Indian journal of veterinary science and animal husbandry - Volumes 22-23, 1952-1953
Year: 1952
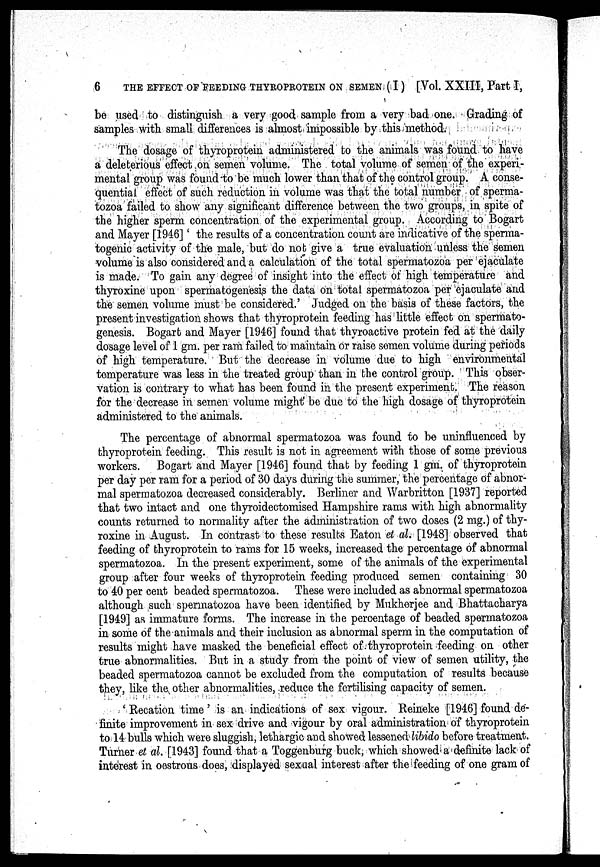
6
THE EFFECT OF FEEDING THYROPROTEIN ON SEMEN. (I) [Vol. XXIII, Part I,
be used to distinguish a very good sample from a very bad one. Grading of
samples with small differences is almost impossible by this method.
The dosage of thyroprotein administered to the animals was found to have
a deleterious effect on semen volume. The total volume of semen of the experi-
mental group was found to be much lower than that of the control group. A conse-
quential effect of such reduction in volume was that the total number of sperma-
tozoa failed to show any significant difference between the two groups, in spite of
the higher sperm concentration of the experimental group. According to Bogart
and Mayer [1946] ' the results of a concentration count are indicative of the sperma-
togenic activity of the male, but do not give a true evaluation unless the semen
volume is also considered and a calculation of the total spermatozoa per ejaculate
is made. To gain any degree of insight into the effect of high temperature and
thyroxine upon spermatogenesis the data on total spermatozoa per ejaculate and
the semen volume must be considered.' Judged on the basis of these factors, the
present investigation shows that thyroprotein feeding has little effect on spermato-
genesis. Bogart and Mayer [1946] found that thyroactive protein fed at the daily
dosage level of 1 gm. per ram failed to maintain or raise semen volume during periods
of high temperature. But the decrease in volume due to high environmental
temperature was less in the treated group than in the control group. This obser-
vation is contrary to what has been found in the present experiment. The reason
for the decrease in semen volume might be due to the high dosage of thyroprotein
administered to the animals.
The percentage of abnormal spermatozoa was found to be uninfluenced by
thyroprotein feeding. This result is not in agreement with those of some previous
workers. Bogart and Mayer [1946] found that by feeding 1 gm. of thyroprotein
per day per ram for a period of 30 days during the summer, the percentage of abnor-
mal spermatozoa decreased considerably. Berliner and Warbritton [1937] reported
that two intact and one thyroidectomised Hampshire rams with high abnormality
counts returned to normality after the administration of two doses (2 mg.) of thy-
roxine in August. In contrast to these results Eaton et al., [1948] observed that
feeding of thyroprotein to rams for 15 weeks, increased the percentage of abnormal
spermatozoa. In the present experiment, some of the animals of the experimental
group after four weeks of thyroprotein feeding produced semen containing 30
to 40 per cent beaded spermatozoa. These were included as abnormal spermatozoa
although such spermatozoa have been identified by Mukherjee and Bhattacharya
[1949] as immature forms. The increase in the percentage of beaded spermatozoa
in some of the animals and their inclusion as abnormal sperm in the computation of
results might have masked the beneficial effect of thyroprotein feeding on other
true abnormalities. But in a study from the point of view of semen utility, the
beaded spermatozoa cannot be excluded from the computation of results because
they, like the other abnormalities, reduce the fertilising capacity of semen.
' Recation time ' is an indications of sex vigour. Reineke [1946] found de-
finite improvement in sex drive and vigour by oral administration of thyroprotein
to 14 bulls which were sluggish, lethargic and showed lessened libido before treatment.
Turner et al. [1943] found that a Toggenburg buck, which showed a definite lack of
interest in oestrous does, displayed sexual interest after the feeding of one gram of